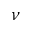
\nu